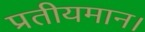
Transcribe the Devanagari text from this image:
प्रतीयमान।